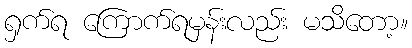
ရှက်ရ ကြောက်ရမှန်းလည်း မသိတော့။